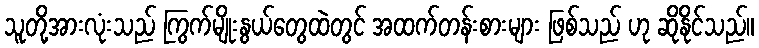
သူတို့အားလုံးသည် ကြွက်မျိုးနွယ်တွေထဲတွင် အထက်တန်းစားများ ဖြစ်သည် ဟု ဆိုနိုင်သည်။